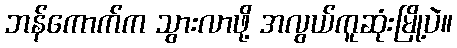
ဘန်ကောက်က သွားလာဖို့ အလွယ်ကူဆုံးမြို့ပဲ။